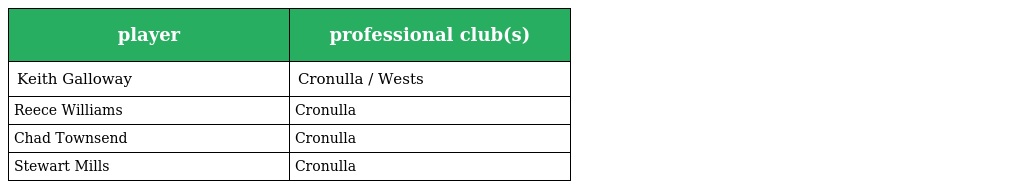
| player | professional club(s) |
 | --- | --- |
 | Keith Galloway | Cronulla / Wests |
 | Reece Williams | Cronulla |
 | Chad Townsend | Cronulla |
 | Stewart Mills | Cronulla |